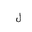
Letter: _lam